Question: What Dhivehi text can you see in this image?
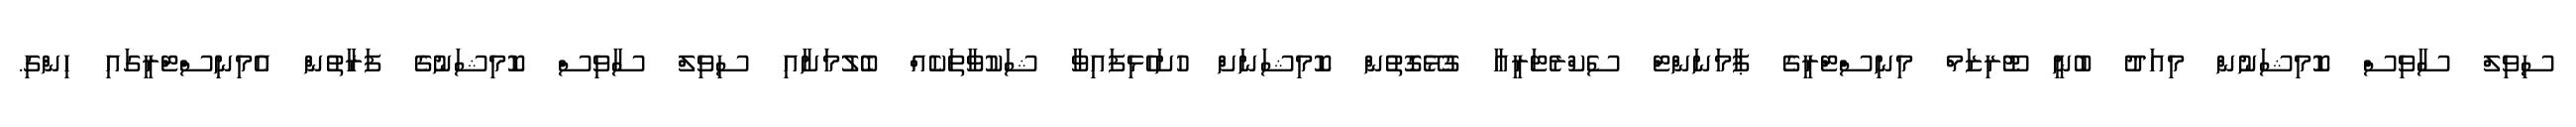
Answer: ސިވިލް ސާވިސް ކޮމިޝަނުން މިއަދު ބުނީ ޓޫރިޒަމް މިނިސްޓްރީގެ ޕާމަނަންޓް ސެކްރެޓަރީއާ ގުޅޭގޮތުން ކޮމިޝަނަށް ހުށަހެޅިފައިވާ ޝަކުވާތަކެއް ބެލުމަށާއި ސިވިލް ސާވިސް ކޮމިޝަނުގެ ފަރާތުން އެމިނިސްޓްރީގައި ހިންގި.